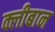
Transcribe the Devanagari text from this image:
क्लीबान